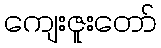
ကျေးဇူးတော်